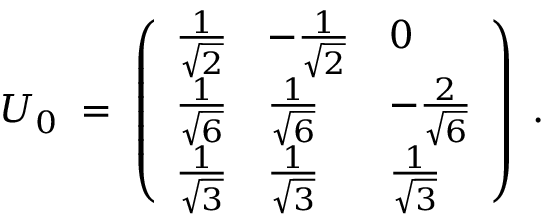
U _ { 0 } \; = \; \left( \begin{array} { l l l } { { \frac { 1 } { \sqrt { 2 } } } } & { { - \frac { 1 } { \sqrt { 2 } } } } & { { 0 } } \\ { { \frac { 1 } { \sqrt { 6 } } } } & { { \frac { 1 } { \sqrt { 6 } } } } & { { - \frac { 2 } { \sqrt { 6 } } } } \\ { { \frac { 1 } { \sqrt { 3 } } } } & { { \frac { 1 } { \sqrt { 3 } } } } & { { \frac { 1 } { \sqrt { 3 } } } } \end{array} \right) \; .